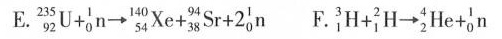
E. $$ _ { 9 2 } ^ { 2 3 5 } U + _ { 0 } ^ { 1 } n \rightarrow _ { 5 4 } ^ { 1 4 0 } X e + _ { 3 8 } ^ { 9 4 } S r + 2 _ { 0 } ^ { 1 } n$$ F $$_ { 1 } ^ { 3 } H + _ { 1 } ^ { 2 } H \rightarrow _ { 2 } ^ { 4 } H e + _ { 0 } ^ { 1 } n$$